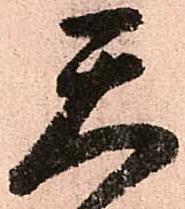
天